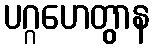
ပဂ္ဂဟေတွာန